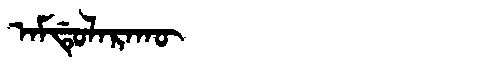
Manchu: ᠠᠮᡩᡠᠯᠠᡵᠠᡴᡡ
Romanization: AMDULARAKŪ